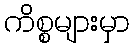
ကိစ္စများမှာ